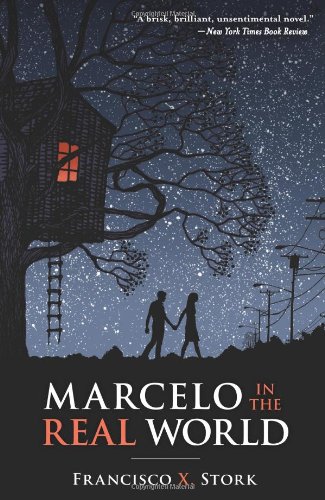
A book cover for Marcelo In The Real World; Francisco X. Stork; Teen & Young Adult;